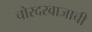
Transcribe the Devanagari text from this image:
चोरदरवाजाची